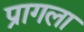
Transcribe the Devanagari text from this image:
प्रागला